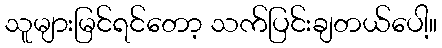
သူများမြင်ရင်တော့ သက်ပြင်းချတယ်ပေါ့။